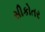
સીકોતર